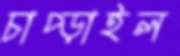
চাপ্‌ড়াইল